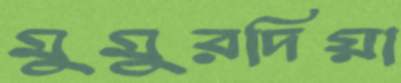
মুমুরদিয়া